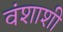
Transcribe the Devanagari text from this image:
वंशाशी